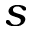
s